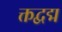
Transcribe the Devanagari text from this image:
क्तद्वद्म